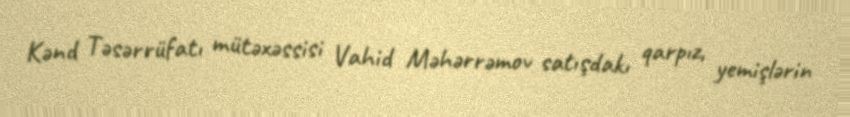
Kənd Təsərrüfatı mütəxəssisi Vahid Məhərrəmov satışdakı qarpız, yemişlərin